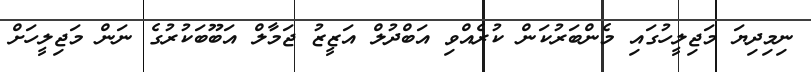
ނިމިދިޔަ މަޖިލީހުގައި މެންބަރުކަން ކުރެއްވި އަބްދުލް އަޒީޒު ޖަމާލް އަބޫބަކުރުގެ ނަން މަޖިލީހަށް